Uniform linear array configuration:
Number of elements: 16
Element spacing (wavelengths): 0.25
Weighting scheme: cosine
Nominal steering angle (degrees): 30
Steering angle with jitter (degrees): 28.727
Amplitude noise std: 0.05
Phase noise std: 0.05

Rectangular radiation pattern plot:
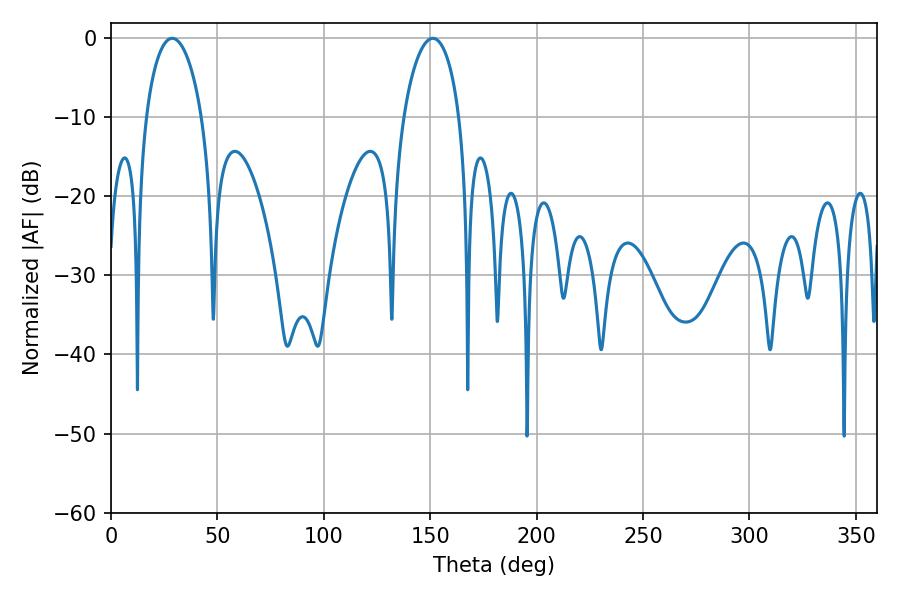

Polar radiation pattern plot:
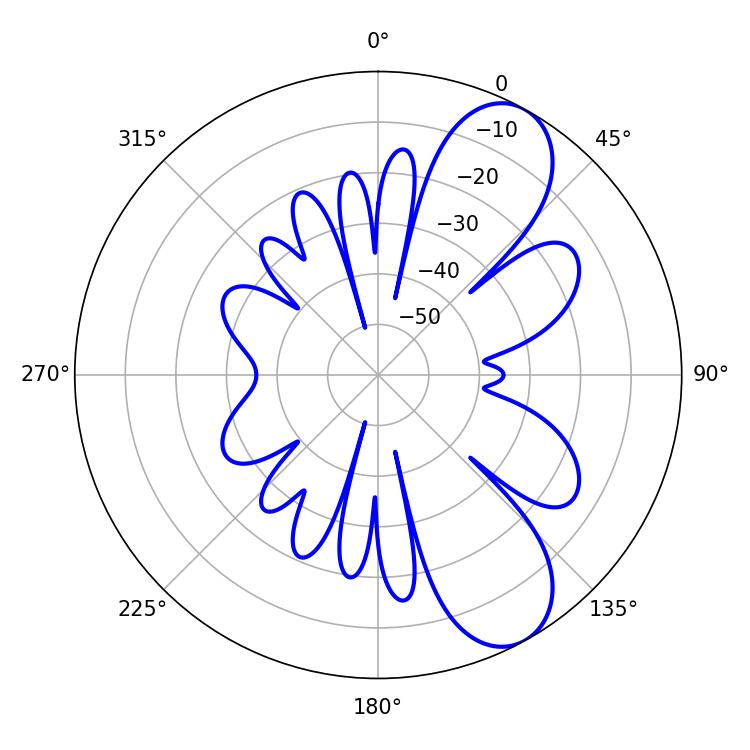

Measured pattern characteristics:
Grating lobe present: FALSE
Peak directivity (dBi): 8.577
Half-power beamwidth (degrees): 14.94
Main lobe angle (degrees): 28.8